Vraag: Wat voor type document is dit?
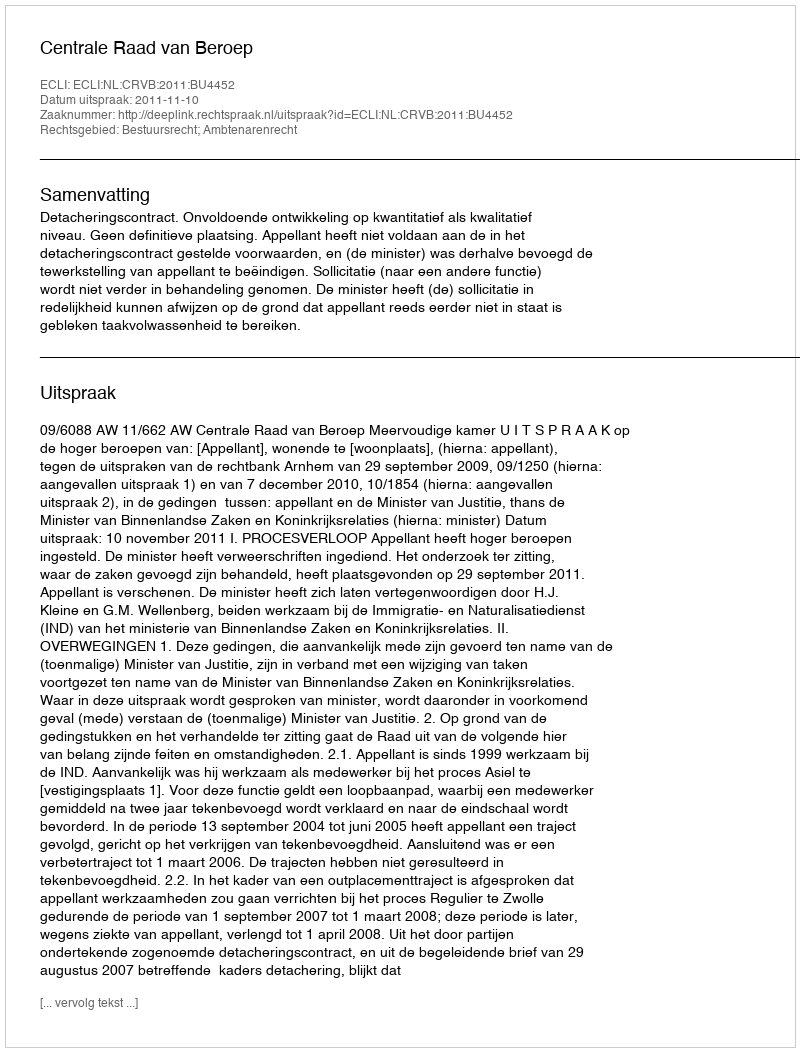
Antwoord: Uitspraak